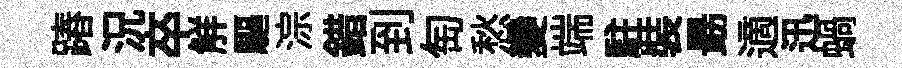
蹖況卒觧驅淙錯到匋愁變端駐裝朂適迅蝸